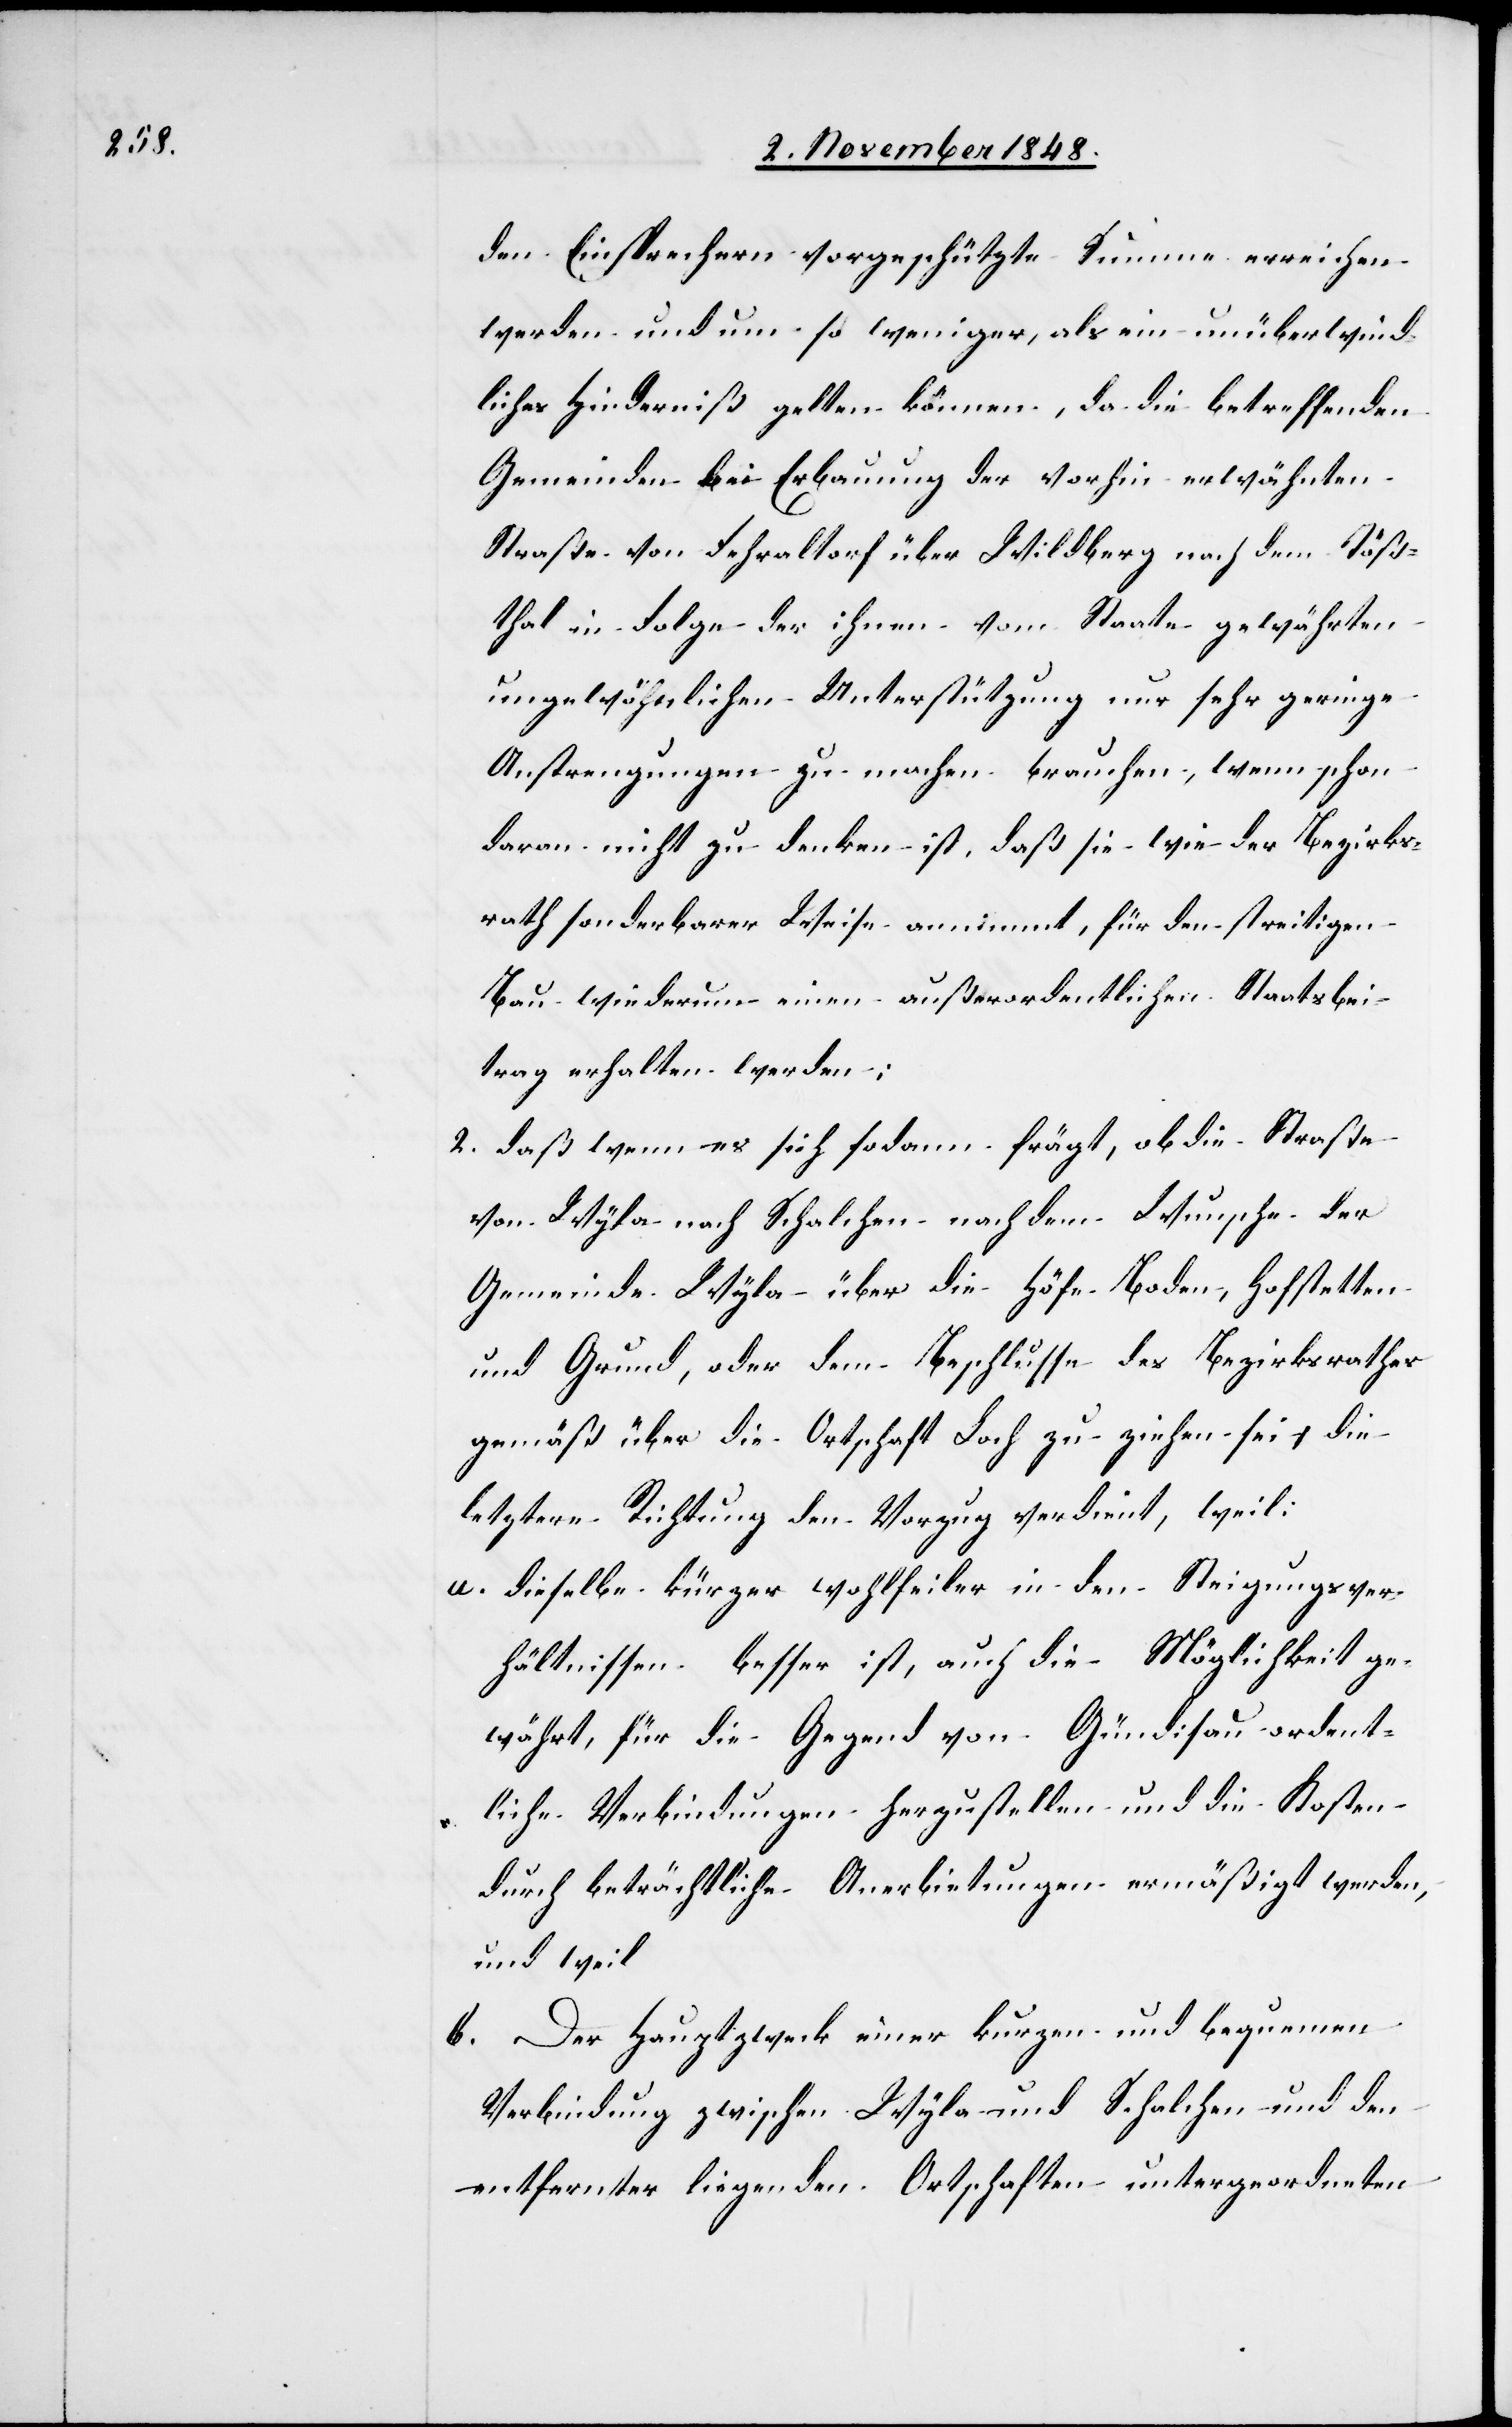
den Einsprechern vorgeschützte Summe erreichen
werden und um so weniger, als ein unüberwind¬
liches Hinderniß gelten können, da die betreffenden
Gemeinden bei Erbauung der vorhin erwähnten
Straße von Fehraltorf über Wildberg nach dem Töß¬
thal in Folge der ihnen vom Staate gewährten
ungewöhnlichen Unterstützung nur sehr geringe
Anstrengungen zu machen brauchen, wenn schon
daran nicht zu denken ist, daß sie wie der Bezirks¬
rath sonderbarer Weise annimmt, für den streitigen
Bau wiederum einen außerordentlichen Staatsbei¬
trag erhalten werden;
2. daß wenn es sich sodann frägt, ob die Straße
von Wyla nach Schalchen nach dem Wunsche der
Gemeinde Wyla über die Höfe Boden, Hofstetten
und Grund, oder dem Beschlusse des Bezirksrathes
gemäß über die Ortschaft Loch zu ziehen sei, die
letztere Richtung den Vorzug verdient, weil:
a. dieselbe kürzer wohlfeiler in den Steigungsver¬
hältnissen besser ist, auch die Möglichkeit ge¬
währt, für die Gegend von Gündisau ordent¬
liche Verbindungen herzustellen und die Kosten
durch beträchtliche Anerbietungen ermäßigt werden,
und weil
b. Der Hauptzweck einer kurzen und bequemen
Verbindung zwischen Wyla und Schalchen und den
entfernter liegenden Ortschaften untergeordneten